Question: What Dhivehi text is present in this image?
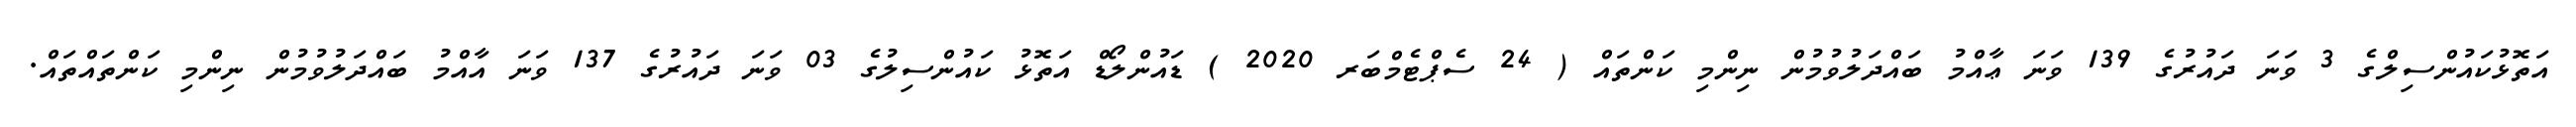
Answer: އަތޮޅުކައުންސިލްގެ 3 ވަނަ ދައުރުގެ 139 ވަނަ ޢާއްމު ބައްދަލުވުމުން ނިންމި ކަންތައް ( 24 ސެޕްޓެމްބަރ 2020 ) ޑައުންލޯޑް އަތޮޅު ކައުންސިލުގެ 03 ވަނަ ދައުރުގެ 137 ވަނަ އާއްމު ބައްދަލުވުމުން ނިންމި ކަންތައްތައް.